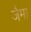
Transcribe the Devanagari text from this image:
जैमा